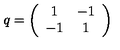
q = \left( \begin{array} { c c } { 1 } & { - 1 } \\ { - 1 } & { 1 } \\ \end{array} \right)